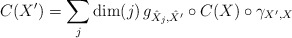
\begin{align*}C(X')=\sum_j\mathrm{dim}(j)\,g_{\hat X_j,\hat X'}\circ C(X)\circ \gamma_{X',X}\end{align*}